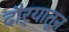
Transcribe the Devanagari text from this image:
दौऱ्यातून